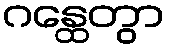
ဂန္ထေတွာ